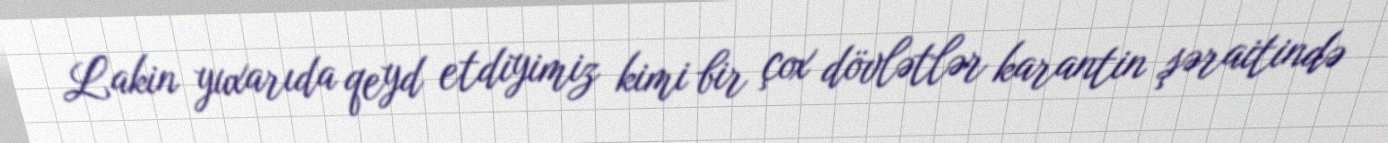
Lakin yuxarıda qeyd etdiyimiz kimi bir çox dövlətlər karantin şəraitində